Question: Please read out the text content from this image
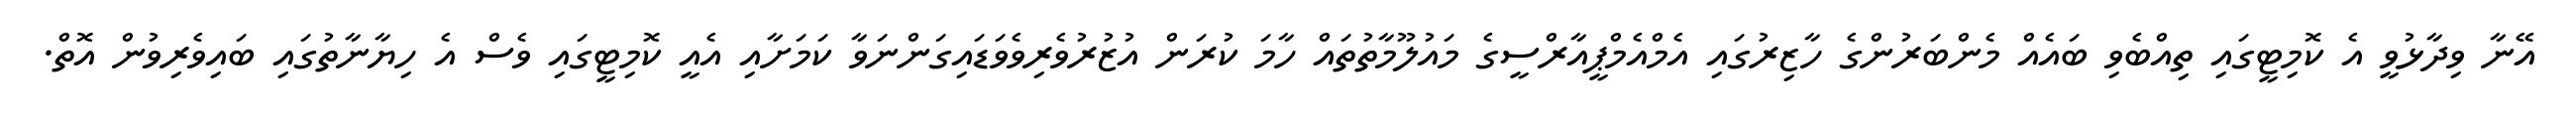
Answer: އޭނާ ވިދާޅުވީ އެ ކޮމިޓީގައި ތިއްބެވި ބައެއް މެންބަރުންގެ ހާޒިރުގައި އެމްއެމްޕީއާރްސީގެ މައުލޫމާތުތައް ހާމަ ކުރަން އުޒުރުވެރިވެވަޑައިގަންނަވާ ކަމަށާއި އެއީ ކޮމިޓީގައި ވެސް އެ ހިޔާނާތުގައި ބައިވެރިވުން އޮތް.